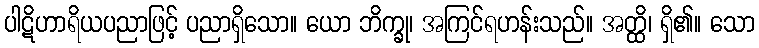
ပါဋိဟာရိယပညာဖြင့် ပညာရှိသော။ ယော ဘိက္ခု၊ အကြင်ရဟန်းသည်။ အတ္ထိ၊ ရှိ၏။ သော